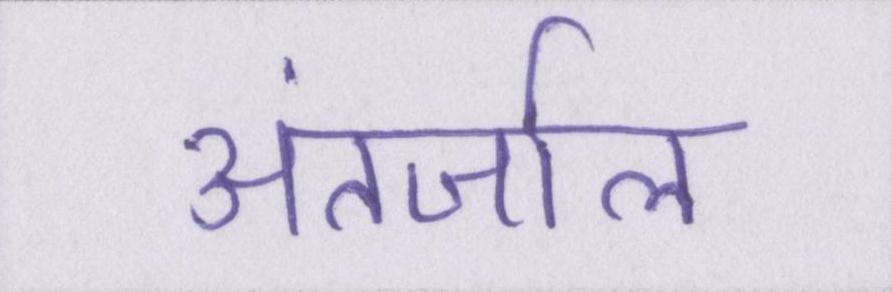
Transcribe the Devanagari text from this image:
अंतर्जाल